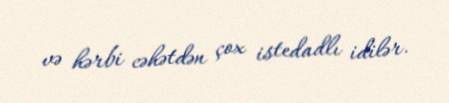
və hərbi cəhətdən çox istedadlı idilər.